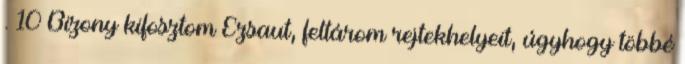
. 10 Bizony kifosztom Ézsaut, feltárom rejtekhelyeit, úgyhogy többé